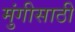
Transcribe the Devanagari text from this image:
मुंगीसाठी